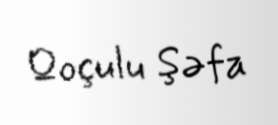
Qoçulu Şəfa